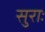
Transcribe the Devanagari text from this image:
सुराः